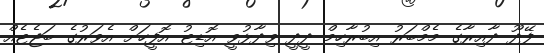
ފޭދޫ ދާއިރާގެ މެމްބަރު އިބުރާހިމް ދީދީ ވިދާޅުވީ އޮޑިޓު އޮފީހަށް އެވަރުގެ ބަޖެޓެއް